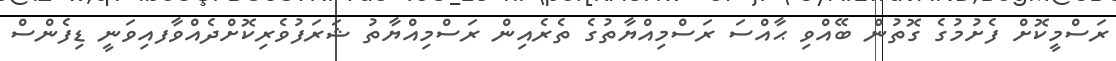
ރަސްމީކޮށް ފެށުމުގެ ގޮތުން ބޭއްވި ޙާއްސަ ރަސްމިއްޔާތުގެ ތެރެއިން ރަސްމިއްޔާތު ޝަރަފުވެރިކޮށްދެއްވާފއިވަނީ ޑިފެންސް